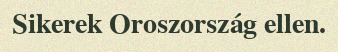
Sikerek Oroszország ellen.